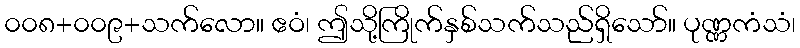
၀၀၈+၀၀၉+သက်လော။ ဧဝံ၊ ဤသို့ကြိုက်နှစ်သက်သည်ရှိသော်။ ပုဏ္ဏကံသံ၊